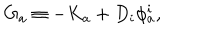
LaTeX: G _ { a } \equiv - K _ { a } + D _ { i } \phi _ { a } ^ { i } ,